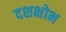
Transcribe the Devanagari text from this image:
दशक्षोभ